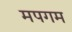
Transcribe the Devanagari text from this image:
मपगम